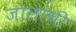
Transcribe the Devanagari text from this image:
जालांची